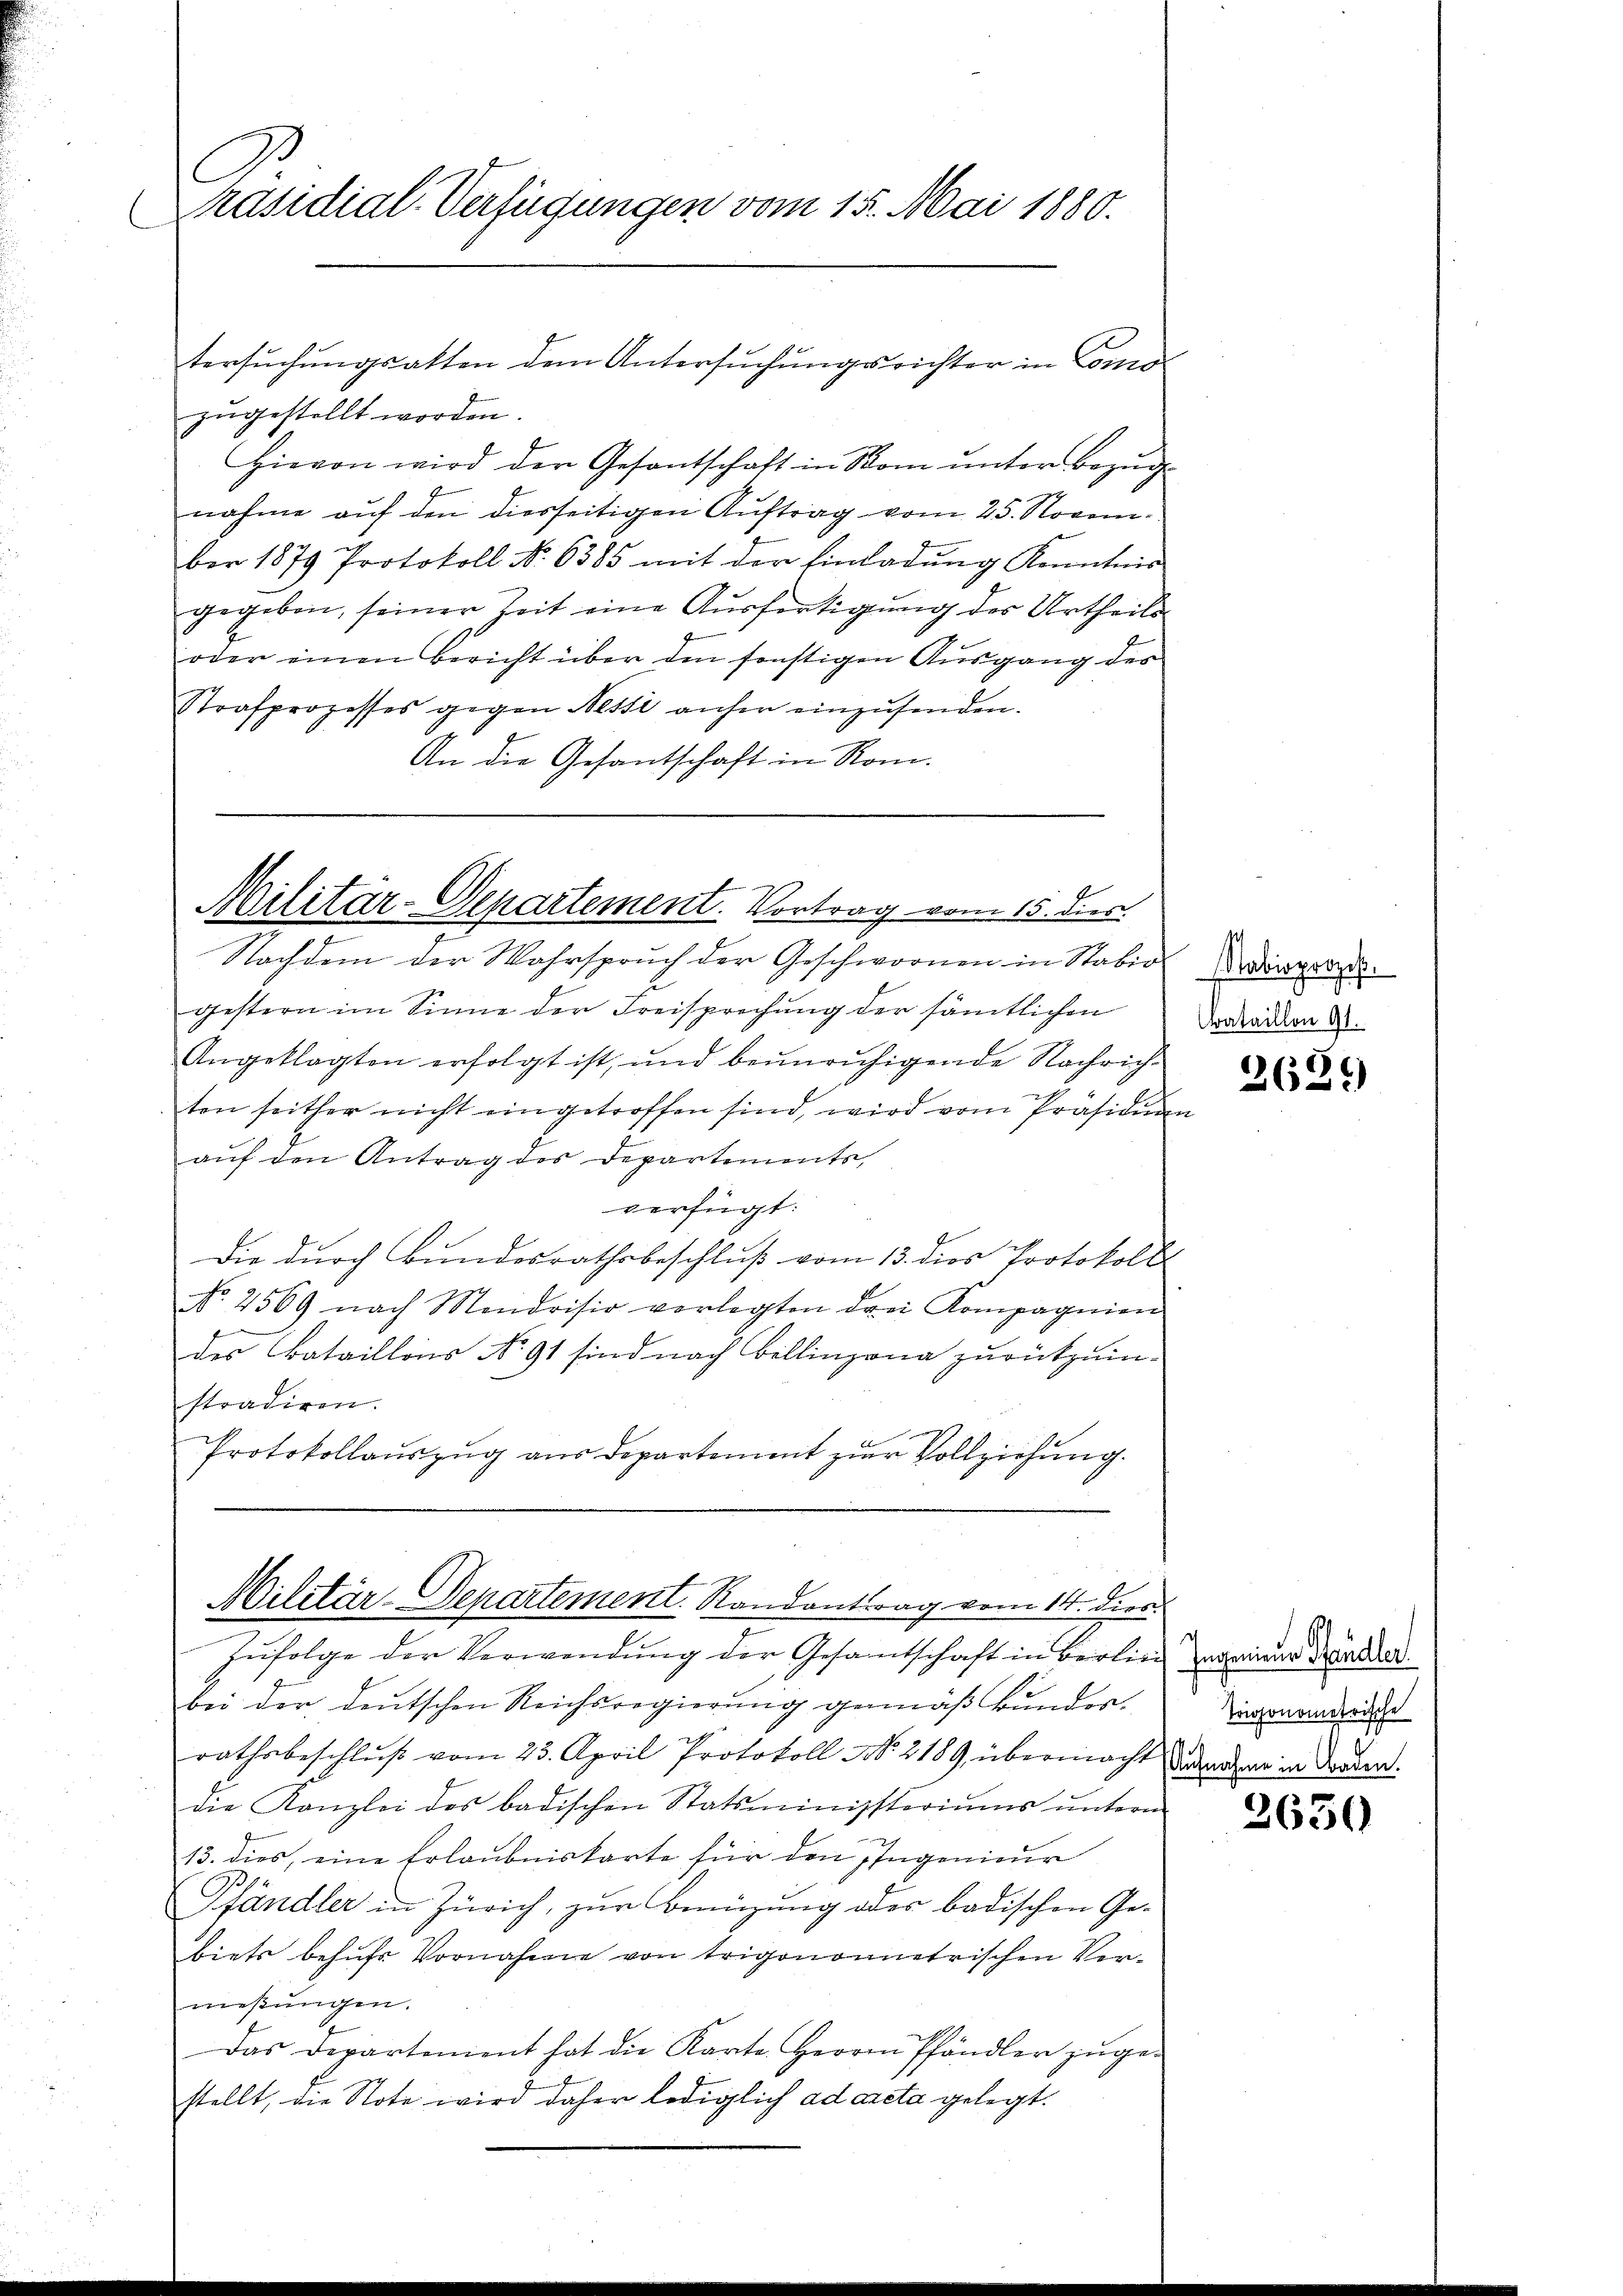
Präsidial-Verfügungen vom 15. Mai 1880.
tersŭchŭngsakten dem Untersŭchŭngsrichter in Como-

zugestellt worden.
Hievon wird der Gesantschaft in Rom ŭnter Bezŭg
nahme auf den diesseitigen Auftrag vom 25. November 1879 Protokoll No 6385 mit der Einladung Kenntnis
gegeben, seiner Zeit eine Ausfertigung des Urtheils
oder einen Bericht über den sonstigen Ausgang des
Strafprozesses gegen Nessi anher einzŭsenden.
An die Gesantschaft in Rom.

4
Militar-Departement. Vortrag vom 15. dies

Nachdem der Wahrspruch der Geschwornen in Stabio Dingere
gestern im Sinne der Freisprechung der sämtlichen
Angeklagten erfolgt ist, und beŭnrŭhigende Nachrich-
ton seither nicht eingetroffen sind, wird vom Präsidium
auf den Antrag des Departements,
verfügt:
Die dŭrch Bŭndesrathsbeschlŭβ vom 13. dies Protokolls
No. 2569 nach Mendrisio verlegten drei Kompagnien
des Bataillons No 91 sind nach Billinzona zurückzu-
stradiren.
Protokollauszug aus Departement zur Vollziehung.

Militär-Departement. Randantrag vom 14. Dire

Zufolge der Verwendung der Gesamtschaft in Berlied ainer den da
bei der deutschen Reichsregierung gemäß Bunderrathsbeschluß vom 23. April Protokoll No 2189, übermacht densher in Forden.
die Kanzlei des badischen Statsministeriums ŭntern
13. dies, eine Erlaubniskarte für den Ingenieur
Pfändler in Zürich, zur Benützung oder badischen Gebiets behufs Vornahme von trigonometrischen Vermeßungen.
Das Departement hat die Karte Herrn Pfändler zŭge-
stellt, die Note wird daher lediglich ad acta gelegt.

Crataillon 91.

2629

Trigonometrische

2650